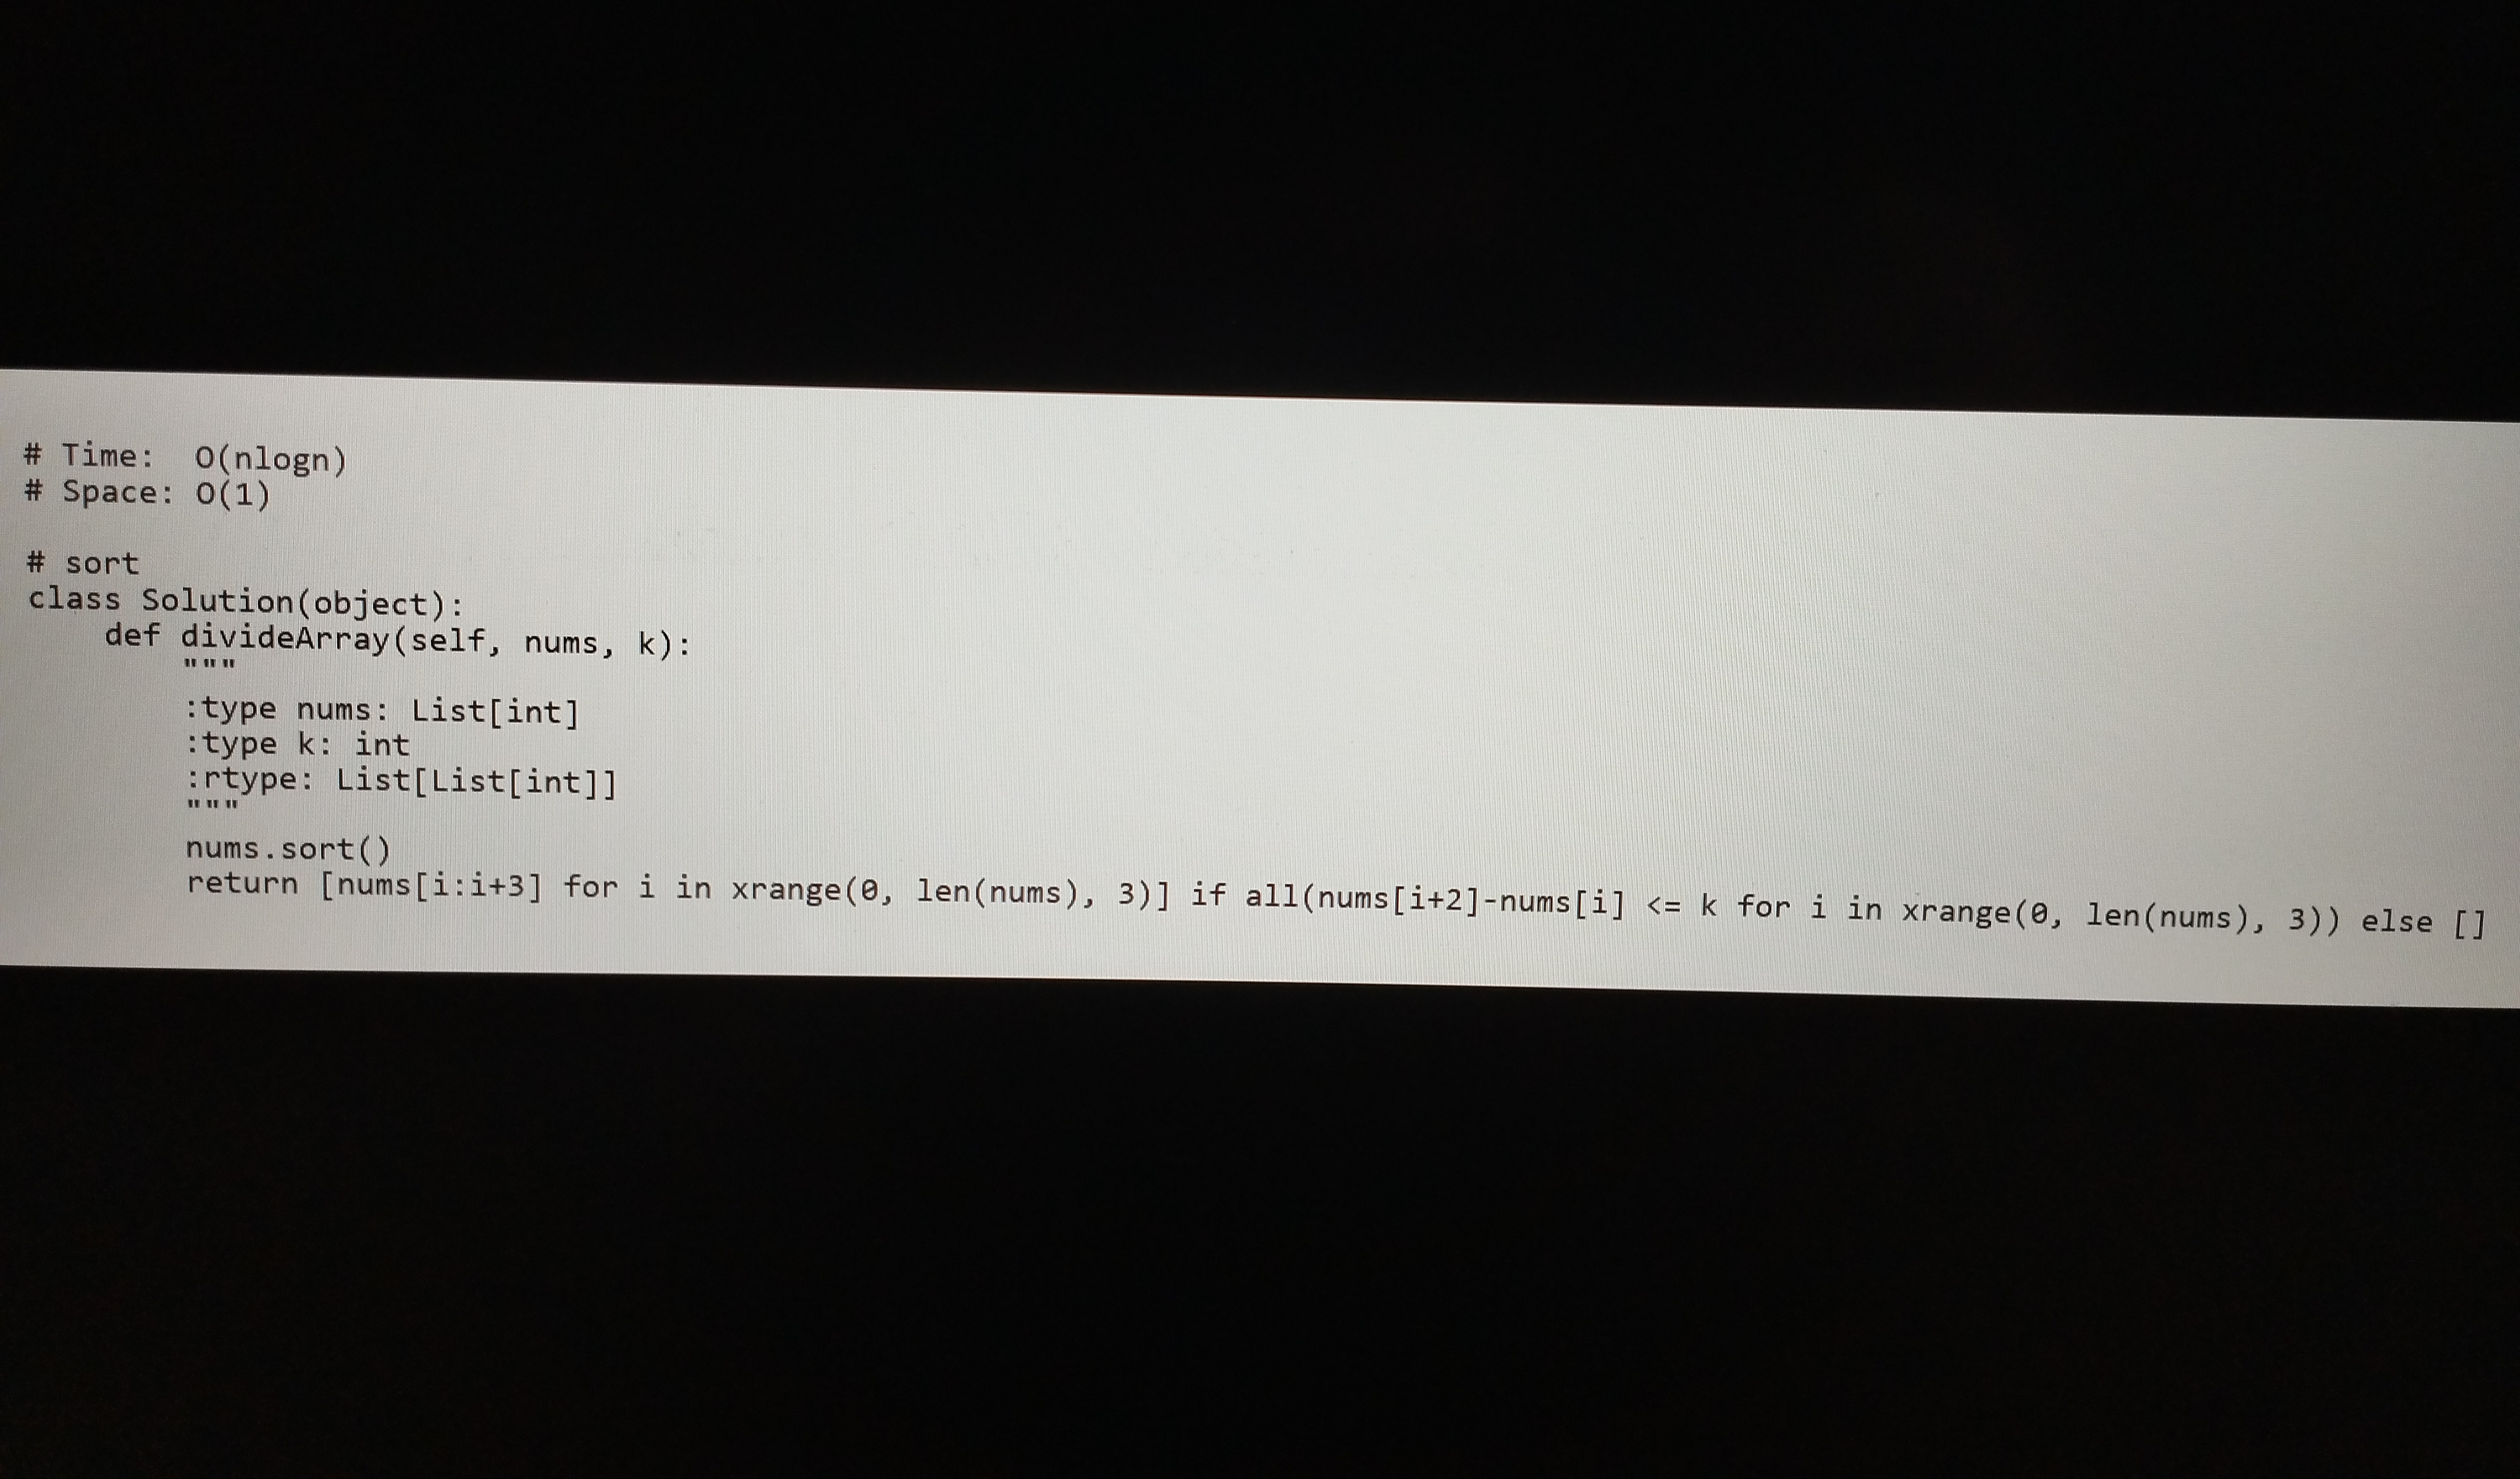
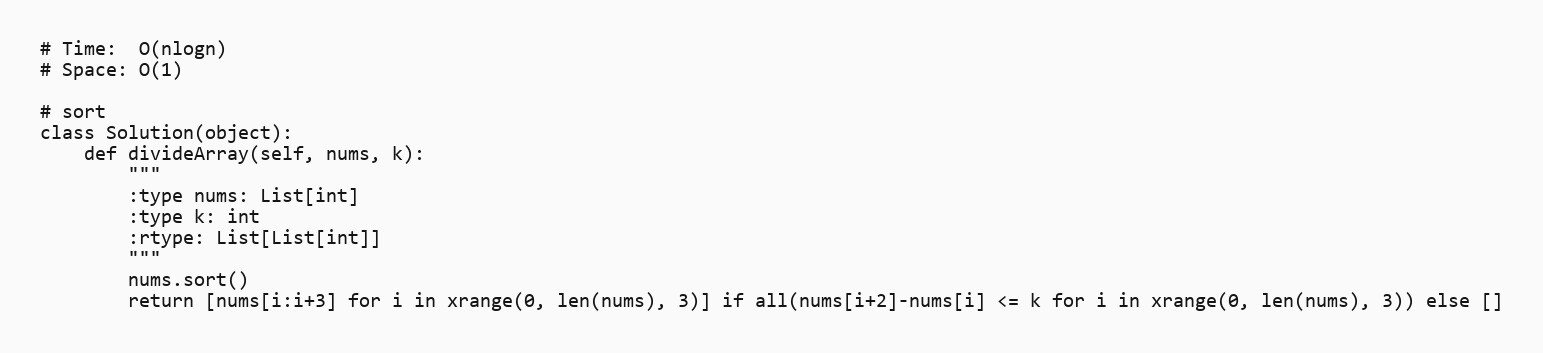
# Time:  O(nlogn)
# Space: O(1)

# sort
class Solution(object):
    def divideArray(self, nums, k):
        """
        :type nums: List[int]
        :type k: int
        :rtype: List[List[int]]
        """
        nums.sort()
        return [nums[i:i+3] for i in xrange(0, len(nums), 3)] if all(nums[i+2]-nums[i] <= k for i in xrange(0, len(nums), 3)) else []